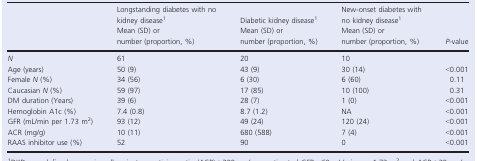
| <ROWSPAN=2>  | Longstanding diabetes with no kidney disease1 | Diabetic kidney disease1 | New‐onset diabetes with no kidney disease1 | <ROWSPAN=2> P‐value |
 | Mean (SD) or number (proportion, %) | Mean (SD) or number (proportion, %) | Mean (SD) or number (proportion, %) |
 | --- | --- | --- | --- | --- |
 | N | 61 | 20 | 10 |  |
 | Age (years) | 50 (9) | 43 (9) | 30 (14) | <0.001 |
 | Female N (%) | 34 (56) | 6 (30) | 6 (60) | 0.11 |
 | Caucasian N (%) | 59 (97) | 17 (85) | 10 (100) | 0.31 |
 | DM duration (Years) | 39 (6) | 28 (7) | 1 (0) | <0.001 |
 | Hemoglobin A1c (%) | 7.4 (0.8) | 8.7 (1.2) | NA | <0.001 |
 | GFR (mL/min per 1.73 m2) | 93 (12) | 49 (24) | 120 (24) | <0.001 |
 | ACR (mg/g) | 10 (11) | 680 (588) | 7 (4) | <0.001 |
 | RAAS inhibitor use (%) | 52 | 90 | 0 | <0.001 |